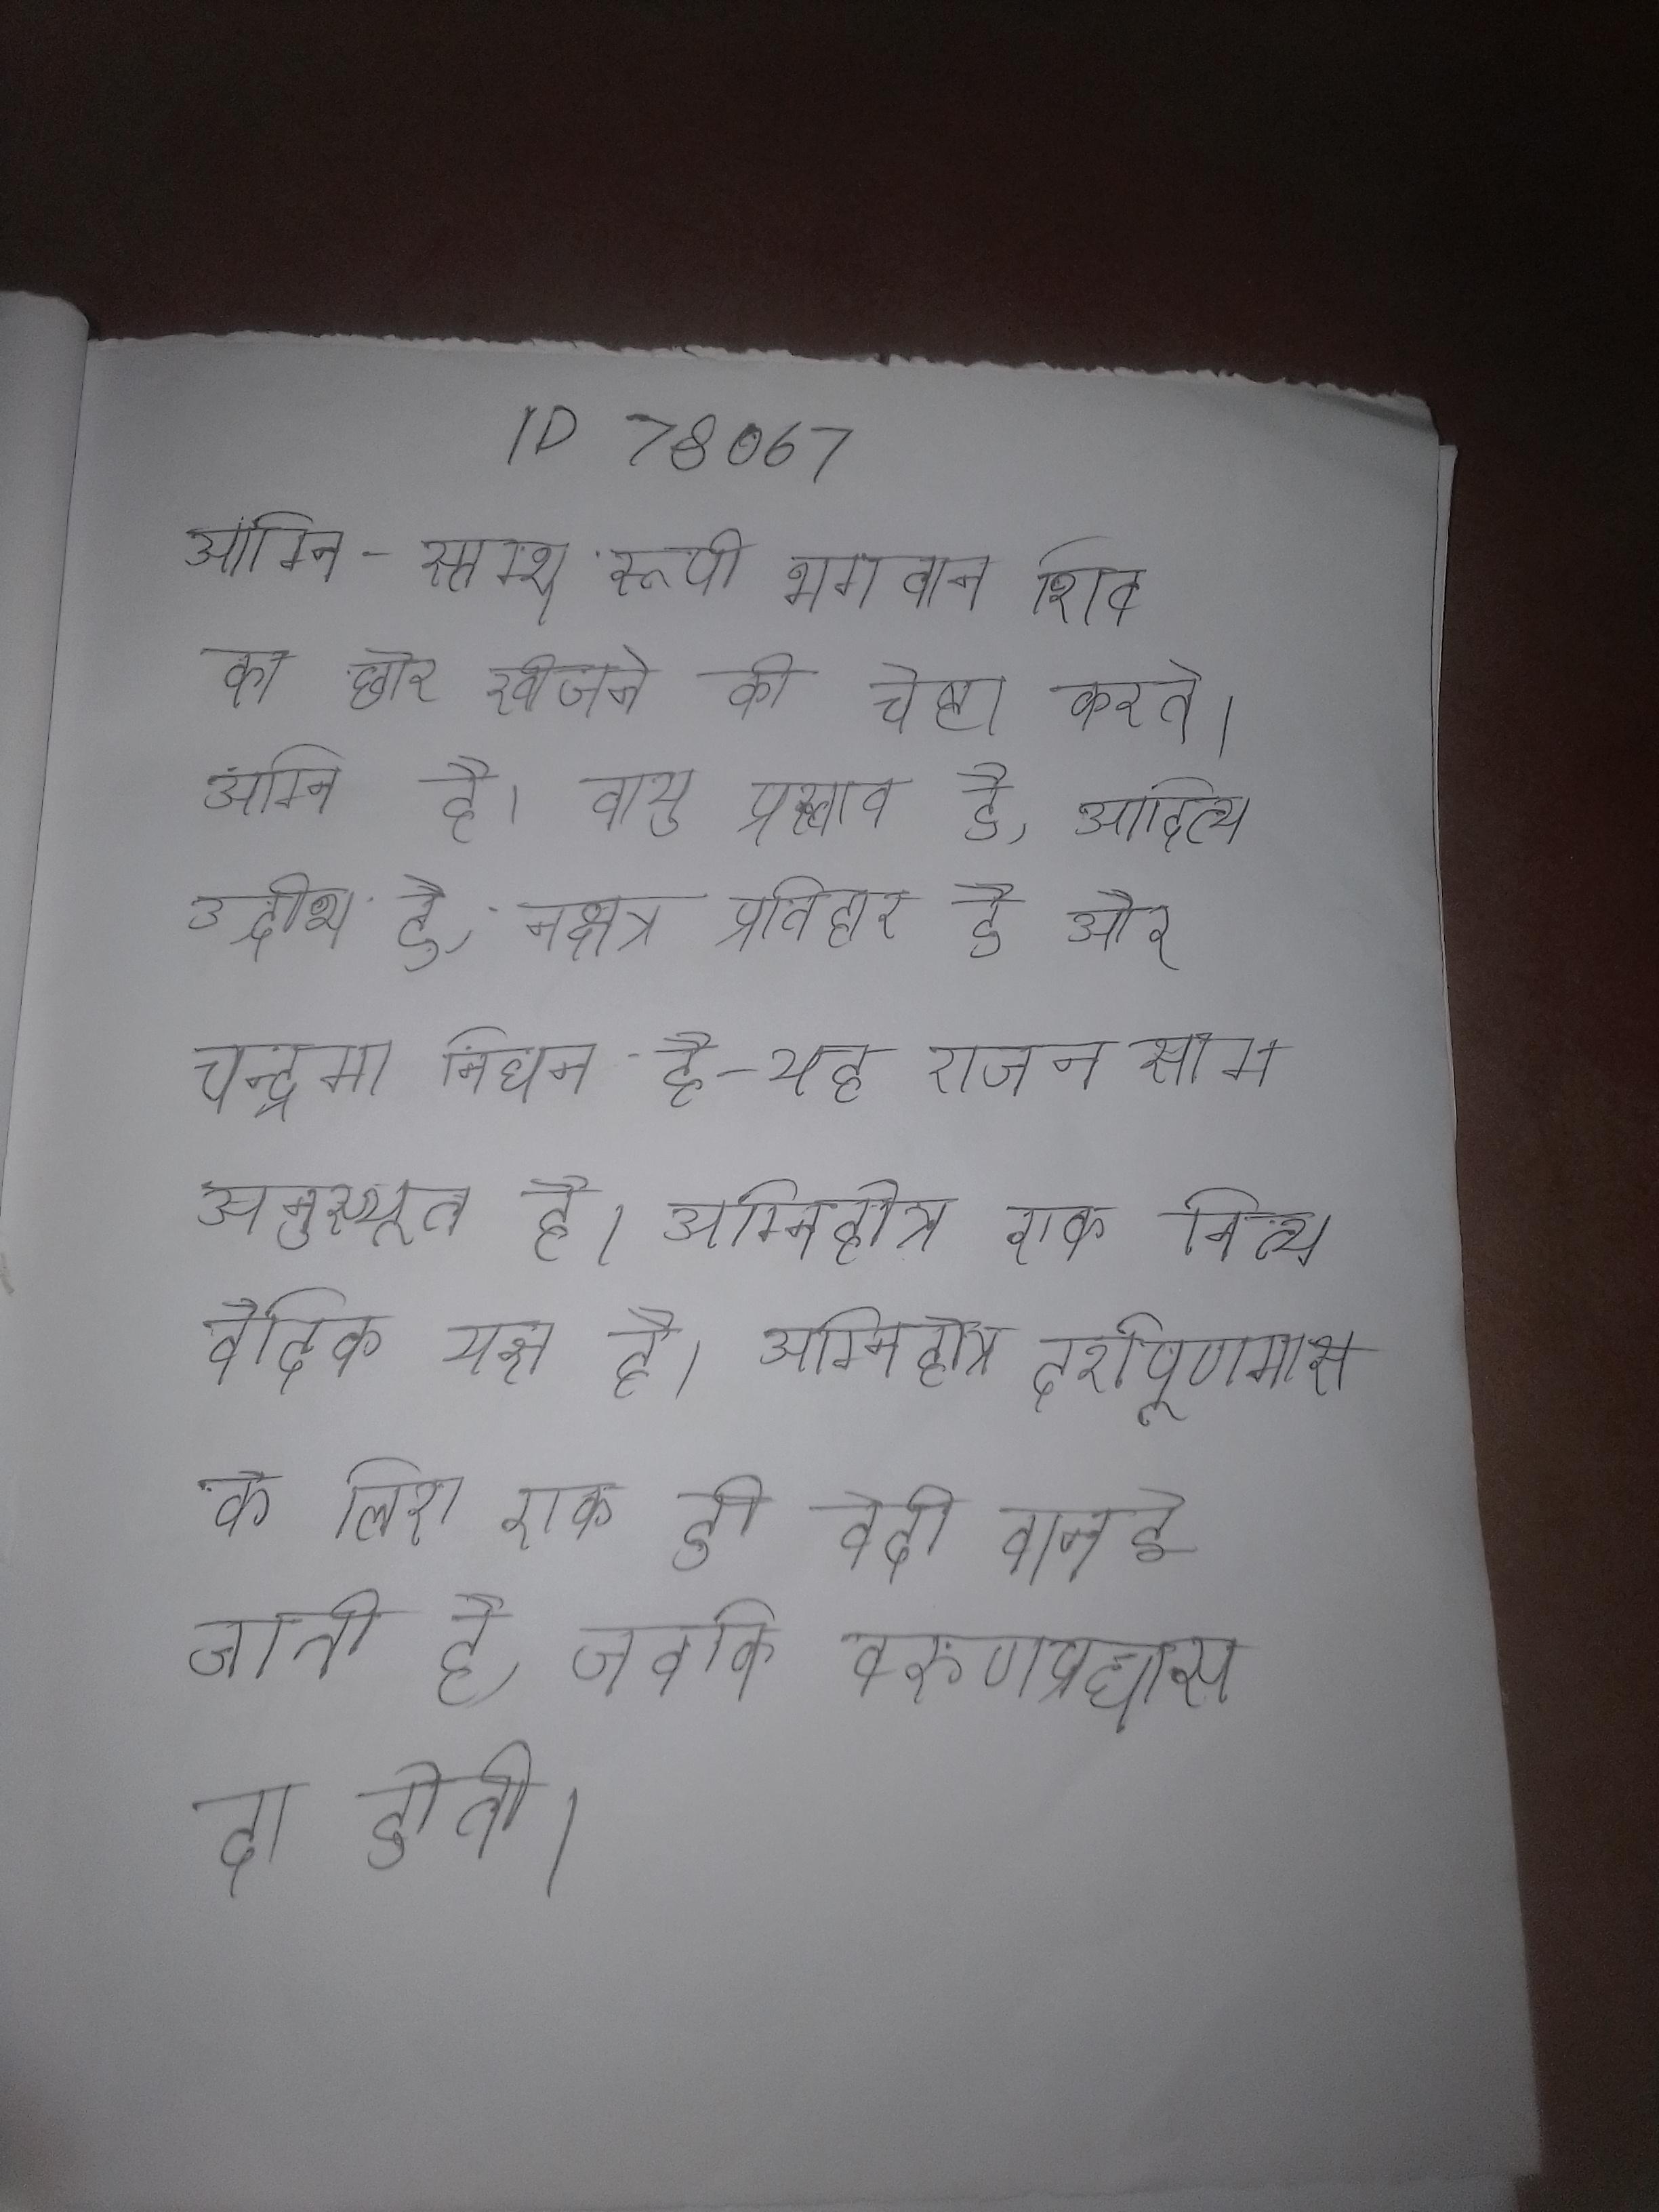
अग्नि-स्तम्भ रूपी भगवान शिव का छोर खोजने की चेष्टा करते । अग्नि है, वायु प्रस्ताव है, आदित्य उद्गीथ है, नक्षत्र प्रतिहार है और चन्द्रमा निधन है- यह राजन साम अनुस्यूत है । अग्निहोत्र एक नित्य वैदिक यज्ञ है । अग्निहोत्र दर्शपूर्णमास के लिए एक ही वेदी बनाई जाती है, जबकि वरुणप्रधास दो होती ।